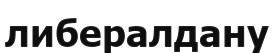
либералдану